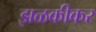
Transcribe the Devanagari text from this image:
झळकीकर